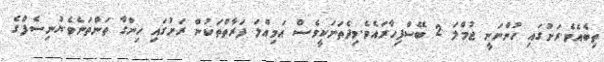
ތިބެއެވެ.ރަށުގައި ހުންނަނީ ޖުމްލަ 2 ބޭސްފިހާރައެވެ.މިދެތަނަކީވެސް އަމިއްލަ ފަރާތްތަކުން ރަށުގައި ހިންގާ ތަންތަނެވެ.ޔުނިސެފްގެ